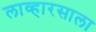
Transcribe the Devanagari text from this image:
लाव्हारसाला